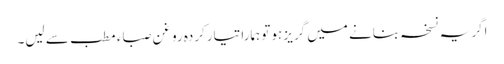
اگر یہ نسخہ بنانے میں گریز ہوتو ہمارا تیارکردہ روغن صباء مطب سے لیں۔